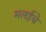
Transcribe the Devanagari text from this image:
मलईचे